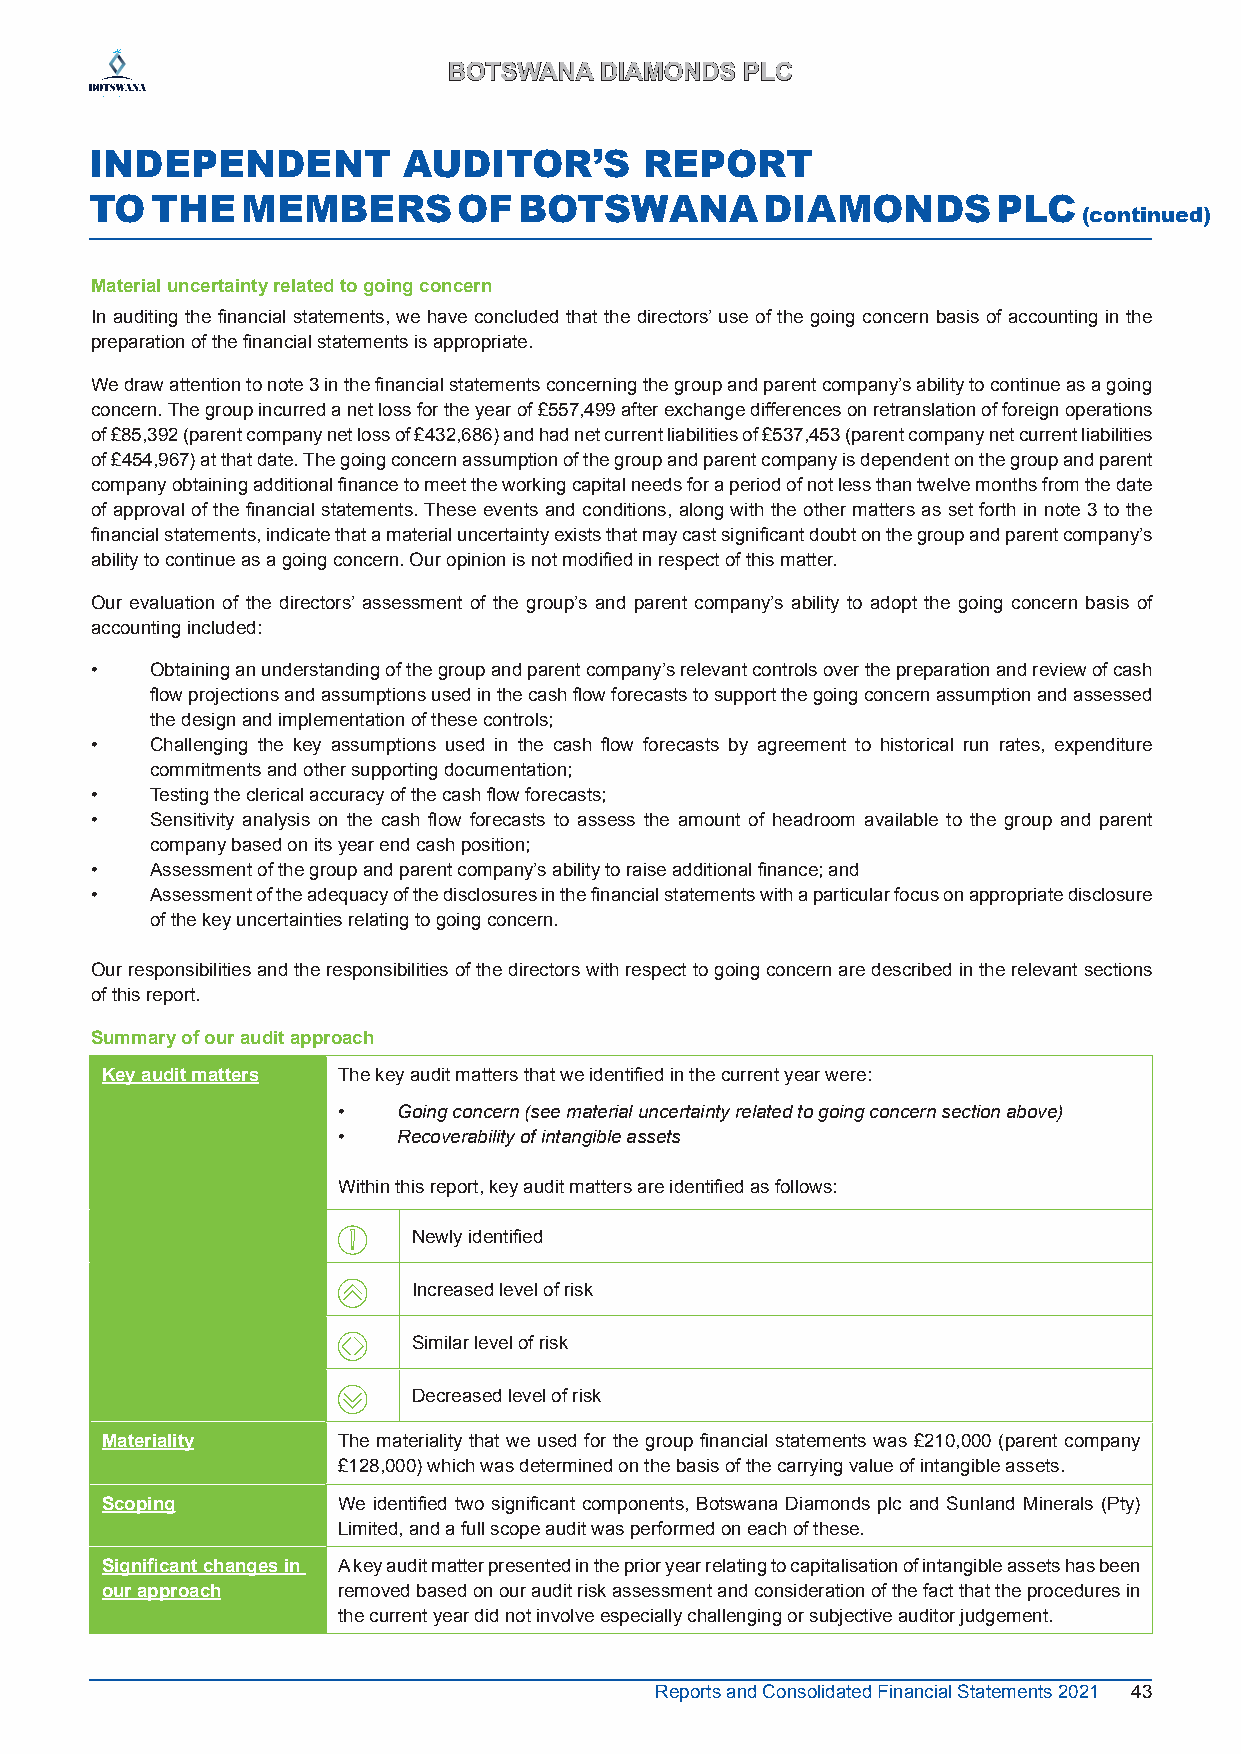
BBOOTTSSWWAANNAA DDIIAAMMOONNDDSS PPLLCC
 INDEPENDENT          AUDITOR’S       REPORT
 TO  THE   MEMBERS       OF  BOTSWANA         DIAMONDS       PLC
 (continued)
 Material uncertainty related to going concern
 In auditing the financial statements, we have concluded that the directors’ use of the going concern basis of accounting in the
 preparation of the financial statements is appropriate.
 We draw attention to note 3 in the financial statements concerning the group and parent company’s ability to continue as a going
 concern. The group incurred a net loss for the year of £557,499 after exchange differences on retranslation of foreign operations
 of £85,392 (parent company net loss of £432,686) and had net current liabilities of £537,453 (parent company net current liabilities
 of £454,967) at that date. The going concern assumption of the group and parent company is dependent on the group and parent
 company obtaining additional finance to meet the working capital needs for a period of not less than twelve months from the date
 of approval of the financial statements. These events and conditions, along with the other matters as set forth in note 3 to the
 financial statements, indicate that a material uncertainty exists that may cast significant doubt on the group and parent company’s
 ability to continue as a going concern. Our opinion is not modified in respect of this matter.
 Our evaluation of the directors’ assessment of the group’s and parent company’s ability to adopt the going concern basis of
 accounting included:
 •   Obtaining an understanding of the group and parent company’s relevant controls over the preparation and review of cash
 flow projections and assumptions used in the cash flow forecasts to support the going concern assumption and assessed
 the design and implementation of these controls;
 •   Challenging the key assumptions used in the cash flow forecasts by agreement to historical run rates, expenditure
 commitments and other supporting documentation;
 •   Testing the clerical accuracy of the cash flow forecasts;
 •   Sensitivity analysis on the cash flow forecasts to assess the amount of headroom available to the group and parent
 company based on its year end cash position;
 •   Assessment of the group and parent company’s ability to raise additional finance; and
 •   Assessment of the adequacy of the disclosures in the financial statements with a particular focus on appropriate disclosure
 of the key uncertainties relating to going concern.
 Our responsibilities and the responsibilities of the directors with respect to going concern are described in the relevant sections
 of this report.
 Summary of our audit approach
 Key audit matters The key audit matters that we identified in the current year were:
 •   Going concern (see material uncertainty related to going concern section above)
 •   Recoverability of intangible assets
 Within this report, key audit matters are identified as follows:
 Newly identified
 Increased level of risk
 Similar level of risk
 Decreased level of risk
 Materiality    The materiality that we used for the group financial statements was £210,000 (parent company
 £128,000) which was determined on the basis of the carrying value of intangible assets.
 Scoping        We identified two significant components, Botswana Diamonds plc and Sunland Minerals (Pty)
 Limited, and a full scope audit was performed on each of these.
 Significant changes in A key audit matter presented in the prior year relating to capitalisation of intangible assets has been
 our approach   removed based on our audit risk assessment and consideration of the fact that the procedures in
 the current year did not involve especially challenging or subjective auditor judgement.
 Reports and Consolidated Financial Statements 2021 43